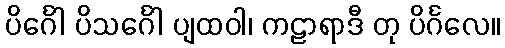
ပိင်္ဂေါ ပိသင်္ဂေါ ပျထဝါ၊ ကဠာရာဒီ တု ပိင်္ဂလေ။